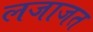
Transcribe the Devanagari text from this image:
लजाजत